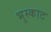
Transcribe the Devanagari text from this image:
भुस्काट